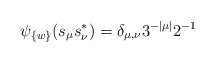
\begin{align*}\psi_{\{w\}}(s_\mu s_\nu^*)=\delta_{\mu,\nu}3^{-|\mu|}2^{-1}\quad\end{align*}